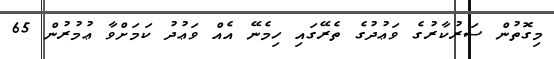
މިގޮތުން ސަރުކާރުގެ ވަޢުދުގެ ތެރޭގައި ހިމެނޭ އެއް ވަޢުދު ކަމަށްވާ ޢުމުރުން 65